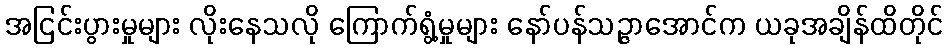
အငြင်းပွားမှုများ လိုးနေသလို ကြောက်ရွံ့မှုများ နော်ပန်သဉ္ဇာအောင်က ယခုအချိန်ထိတိုင်